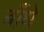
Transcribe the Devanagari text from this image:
बाँधें